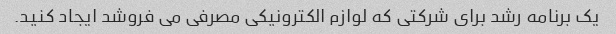
یک برنامه رشد برای شرکتی که لوازم الکترونیکی مصرفی می فروشد ایجاد کنید.